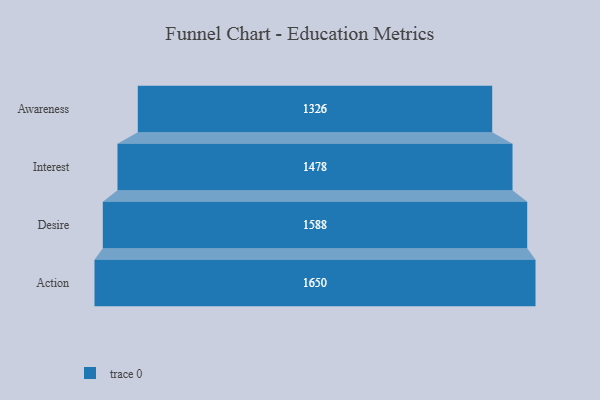
{"axis": {"x": "Stage", "y": "Value"}, "legend": [""], "data": [{"x": "Awareness", "y": 1326.0, "type": ""}, {"x": "Interest", "y": 1478.0, "type": ""}, {"x": "Desire", "y": 1588.0, "type": ""}, {"x": "Action", "y": 1650.0, "type": ""}]}